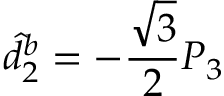
\hat { d } _ { 2 } ^ { b } = - \frac { \sqrt { 3 } } { 2 } P _ { 3 }